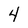
Character: 4